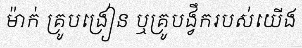
ម៉ាក់ គ្រូបង្រៀន ឬគ្រូបង្វឹករបស់យើង